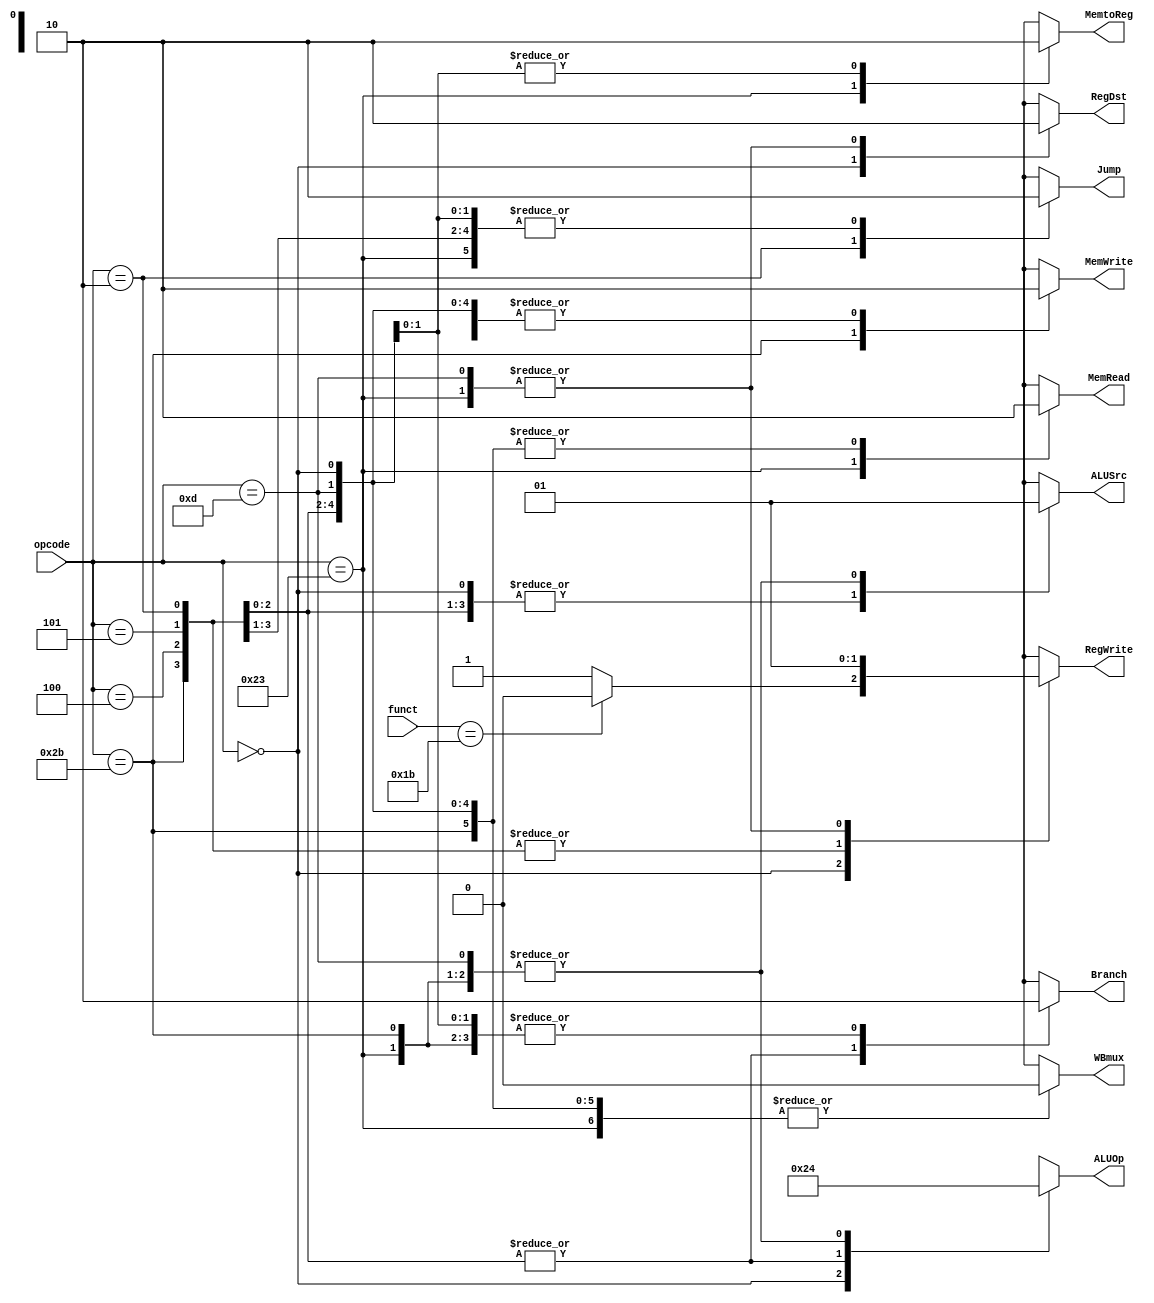
/*
	Title: MIPS Single-Cycle Control Unit
	Editor: Selene (Computer System and Architecture Lab, ICE, CYCU)
	
	Input Port
		1. opcode: JONAT
	Input Port
		1. RegDst: RFMUX
		2. ALUSrc: ALUMUX
		3. MemtoReg: WRMUX
		4. RegWrite: sO_igJ
		5. MemRead:  OO_iX
		6. MemWrite: OO_igJ
		7. Branch: PALUXzeroTANDBPCMUX
		8. ALUOp: XALU Control
*/
module control_single( opcode, funct, RegDst, ALUSrc, MemtoReg, RegWrite, 
		       MemRead, MemWrite, Branch, Jump, ALUOp, WBmux);
    input[5:0] opcode;
    input[5:0] funct;
    output RegDst, ALUSrc, MemtoReg, RegWrite, MemRead, MemWrite, Branch, Jump, WBmux;
    output[1:0] ALUOp;
    reg RegDst, ALUSrc, MemtoReg, RegWrite, MemRead, MemWrite, Branch, Jump, WBmux;
    reg[1:0] ALUOp;

    parameter R_FORMAT = 6'd0;
    parameter LW = 6'd35;
    parameter SW = 6'd43;
    parameter BEQ = 6'd4;
    parameter BNE = 6'd5;
    parameter J = 6'd2;
    parameter ORI = 6'd13;

    always @( opcode ) begin
        case ( opcode )
          R_FORMAT : // r-format
          begin
			if ( funct == 6'b011011 ) begin // div
				RegDst = 1'b1; ALUSrc = 1'b0; MemtoReg = 1'b0; RegWrite = 1'b0; MemRead = 1'b0; 
				MemWrite = 1'b0; Branch = 1'b0; Jump = 1'b0; ALUOp = 2'b10; WBmux = 1'b0;
			end
			else begin
				RegDst = 1'b1; ALUSrc = 1'b0; MemtoReg = 1'b0; RegWrite = 1'b1; MemRead = 1'b0; 
				MemWrite = 1'b0; Branch = 1'b0; Jump = 1'b0; ALUOp = 2'b10; WBmux = 1'b0;
			end
          end

          LW :	// lw
          begin
				RegDst = 1'b0; ALUSrc = 1'b1; MemtoReg = 1'b1; RegWrite = 1'b1; MemRead = 1'b1; 
				MemWrite = 1'b0; Branch = 1'b0; Jump = 1'b0; ALUOp = 2'b00; WBmux = 1'b0;
				
          end

          SW :	// sw
          begin
				RegDst = 1'bx; ALUSrc = 1'b1; MemtoReg = 1'bx; RegWrite = 1'b0; MemRead = 1'b0; 
				MemWrite = 1'b1; Branch = 1'b0; Jump = 1'b0; ALUOp = 2'b00; WBmux = 1'b0;
          end

          BEQ : // beq
          begin
				RegDst = 1'bx; ALUSrc = 1'b0; MemtoReg = 1'bx; RegWrite = 1'b0; MemRead = 1'b0; 
				MemWrite = 1'b0; Branch = 1'b1; Jump = 1'b0; ALUOp = 2'b01; WBmux = 1'b0;
          end


          BNE :	// bne
          begin
				RegDst = 1'bx; ALUSrc = 1'b0; MemtoReg = 1'bx; RegWrite = 1'b0; MemRead = 1'b0; 
				MemWrite = 1'b0; Branch = 1'b1; Jump = 1'b0; ALUOp = 2'b01; WBmux = 1'b0;
          end


          J :	// j
          begin
				RegDst = 1'bx; ALUSrc = 1'b0; MemtoReg = 1'bx; RegWrite = 1'b0; MemRead = 1'b0; 
				MemWrite = 1'b0; Branch = 1'b1; Jump = 1'b1; ALUOp = 2'b01; WBmux = 1'b0;
          end
	

          ORI :	// ori
          begin
				RegDst = 1'b0; ALUSrc = 1'b1; MemtoReg = 1'b0; RegWrite = 1'b1; MemRead = 1'b0;
				MemWrite = 1'b0; Branch = 1'b0; Jump = 1'b0; ALUOp = 2'b00; WBmux = 1'b0;
				
          end

          default
          begin
				$display("control_single unimplemented opcode %d", opcode);
				RegDst=1'bx; ALUSrc=1'bx; MemtoReg=1'bx; RegWrite=1'bx; MemRead=1'bx; 
				MemWrite=1'bx; Branch=1'bx; Jump = 1'bx; ALUOp = 2'bxx; WBmux = 1'bx;
          end

        endcase
    end
endmodule